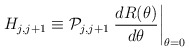
\begin{align*}H_{j,j+1} \equiv {\cal P}_{j,j+1} \left. \frac{d R(\theta)}{d\theta}\right|_{\theta =0}\end{align*}